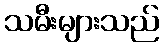
သမီးများသည်